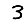
Digit: 3